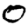
Digit: 0